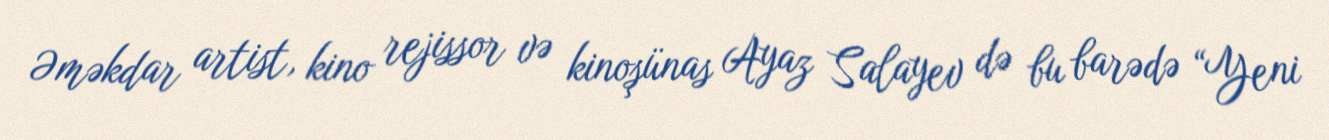
Əməkdar artist, kino rejissor və kinoşünas Ayaz Salayev də bu barədə “Yeni